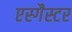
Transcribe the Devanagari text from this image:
एस्गैस्टर